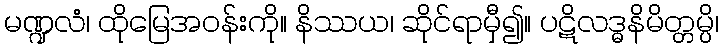
မဏ္ဍလံ၊ ထိုမြေအဝန်းကို။ နိဿယ၊ ဆိုင်ရာမှီ၍။ ပဋိလဒ္ဓနိမိတ္တမ္ပိ၊